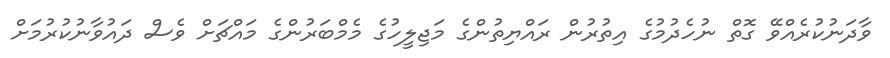
ވާދަނުކުރެއްވޭ ގޮތް ނުހެދުމުގެ އިތުރުން ރައްޔިތުންގެ މަޖިލީހުގެ މެމްބަރުންގެ މައްޗަށް ވެސް ދައުވާނުކުރުމަށް